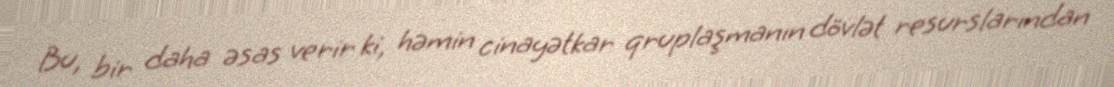
Bu, bir daha əsas verir ki, həmin cinayətkar qruplaşmanın dövlət resurslarından